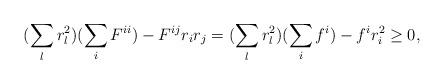
LaTeX: \begin{align*}(\sum_{l}r_{l}^{2})(\sum_{i}F^{ii})-F^{ij}r_{i}r_{j}=(\sum_{l}r_{l}^{2})(\sum_{i}f^{i})-f^{i}r_{i}^{2}\geq 0,\end{align*}